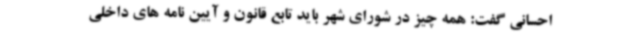
احسانی گفت: همه چیز در شورای شهر باید تابع قانون و آیین نامه های داخلی